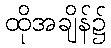
ထိုအချိန်၌